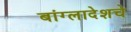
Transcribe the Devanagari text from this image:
बांग्लादेशचे